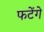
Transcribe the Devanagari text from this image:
फटेंगे